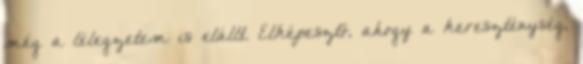
még a lélegzetem is elállt. Elképesztő, ahogy a kereszténység,